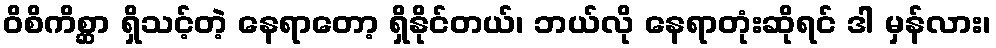
ဝိစိကိစ္ဆာ ရှိသင့်တဲ့ နေရာတော့ ရှိနိုင်တယ်၊ ဘယ်လို နေရာတုံးဆိုရင် ဒါ မှန်လား၊